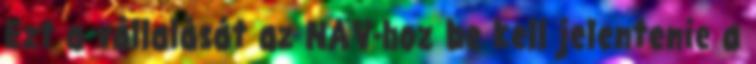
Ezt a vállalását az NAV-hoz be kell jelentenie a